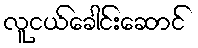
လူငယ်ခေါင်းဆောင်